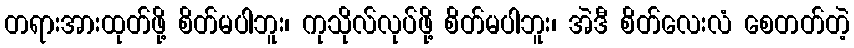
တရားအားထုတ်ဖို့ စိတ်မပါဘူး၊ ကုသိုလ်လုပ်ဖို့ စိတ်မပါဘူး၊ အဲဒီ စိတ်လေးလံ စေတတ်တဲ့